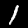
Label: 1